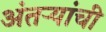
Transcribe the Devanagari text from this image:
अंतऱ्यांची